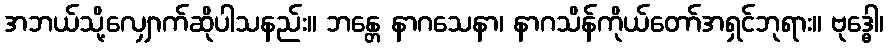
အဘယ်သို့လျှောက်ဆိုပါသနည်း။ ဘန္တေ နာဂသေနာ၊ နာဂသိန်ကိုယ်တော်အရှင်ဘုရား။ ဗုဒ္ဓေါ၊